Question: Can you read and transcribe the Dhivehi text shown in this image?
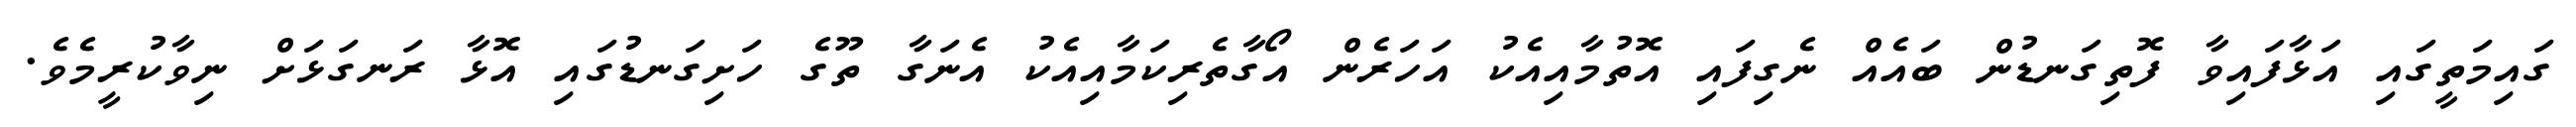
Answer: ގައިމަތީގައި އަޅާފައިވާ ފޮތިގަނޑުން ބައެއް ނެގިފައި އޮތުމާއިއެކު އަހަރެން އޯގާތެރިކަމާއިއެކު އެނަގާ ތޫގެ ހަށިގަނޑުގައި އޮޅާ ރަނގަޅަށް ނިވާކުރީމެވެ.